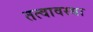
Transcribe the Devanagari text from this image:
तत्वावस्था